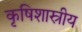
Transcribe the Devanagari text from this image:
कृषिशास्रीय